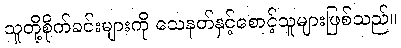
သူတို့စိုက်ခင်းများကို သေနတ်နှင့်စောင့်သူများဖြစ်သည်။